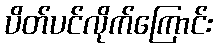
ပိတ်ပင်လိုက်ကြောင်း